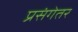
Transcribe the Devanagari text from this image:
प्रसंगेतर